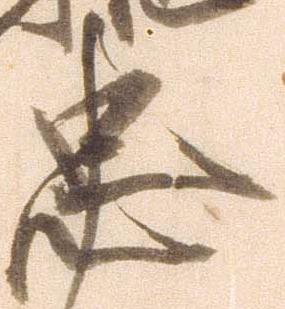
忠